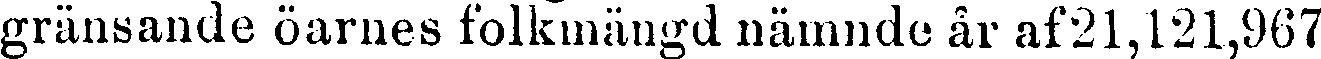
gränsande öarnes folkmängd nämnde år af 21,121,967